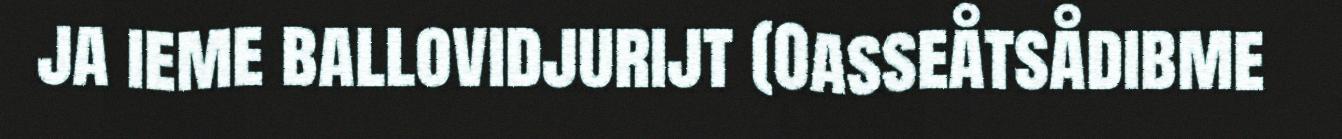
ja ieme ballovidjurijt (Oasseåtsådibme